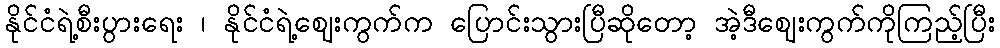
နိုင်ငံရဲ့စီးပွားရေး ၊ နိုင်ငံရဲ့ဈေးကွက်က ပြောင်းသွားပြီဆိုတော့ အဲ့ဒီဈေးကွက်ကိုကြည့်ပြီး